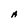
Character: A